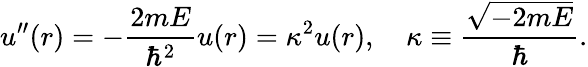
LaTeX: u^{\prime\prime}(r)=-\frac{2mE}{\hbar^{2}}u(r)=\kappa^{2}u(r),\quad\kappa\equiv\frac{\sqrt{-2mE}}{\hbar}.